Regulations for the medical services of the Army of India
Year: 1930
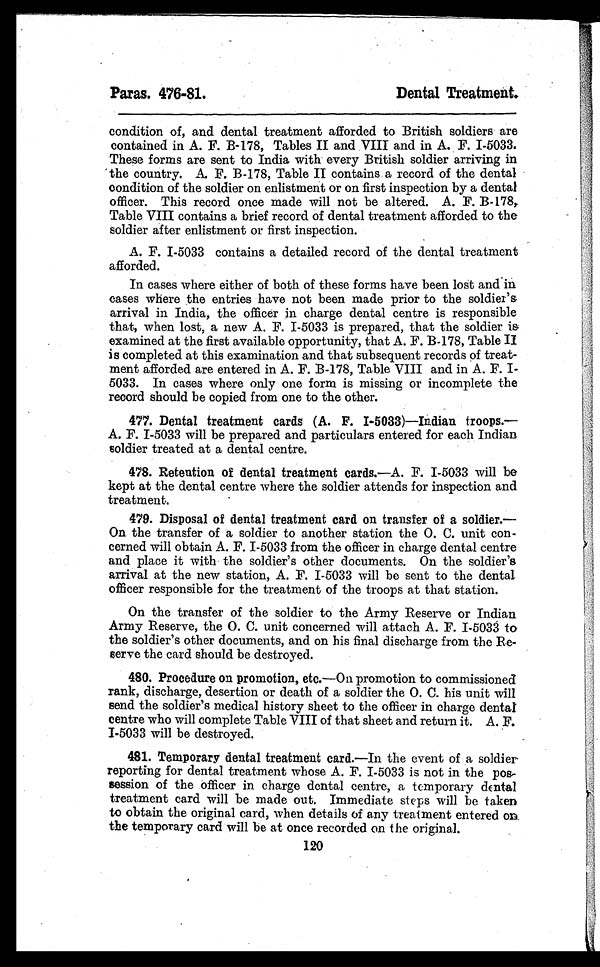
Paras. 476-81.
Dental Treatment
condition of, and dental treatment afforded to British soldiers are
contained in A. F. B-178, Tables II and VIII and in A. F. I-5033.
These forms are sent to India with every British soldier arriving in
the country. A. F. B-178, Table II contains a record of the dental
condition of the soldier on enlistment or on first inspection by a dental
officer. This record once made will not be altered. A. F. B-178,
Table VIII contains a brief record of dental treatment afforded to the
soldier after enlistment or first inspection.
A. F. I-5033 contains a detailed record of the dental treatment
afforded.
In cases where either of both of these forms have been lost and in
cases where the entries have not been made prior to the soldier's
arrival in India, the officer in charge dental centre is responsible
that, when lost, a new A. F. I-5033 is prepared, that the soldier is
examined at the first available opportunity, that A. F. B-178, Table II
is completed at this examination and that subsequent records of treat-
ment afforded are entered in A. F. B-178, Table VIII and in A. F. I--
5033. In cases where only one form is missing or incomplete the
record should be copied from one to the other.
477. Dental treatment cards (A. F. I-5033)—Indian troops.—
A. F. I-5033 will be prepared and particulars entered for each Indian
soldier treated at a dental centre.
478. Retention of dental treatment cards.—A. F. I-5033 will be
kept at the dental centre where the soldier attends for inspection and
treatment.
479. Disposal of dental treatment card on transfer of a soldier.—
On the transfer of a soldier to another station the O. C. unit con-
cerned will obtain A. F. I-5033 from the officer in charge dental centre
and place it with the soldier's other documents. On the soldier's
arrival at the new station, A. F. I-5033 will be sent to the dental
officer responsible for the treatment of the troops at that station.
On the transfer of the soldier to the Army Reserve or Indian
Army Reserve, the O. C. unit concerned will attach A. F. I-5033 to
the soldier's other documents, and on his final discharge from the Re-
serve the card should be destroyed.
480. Procedure on promotion, etc.— On promotion to commissioned
rank, discharge, desertion or death of a soldier the O. C. his unit will
send the soldier's medical history sheet to the officer in charge dental
centre who will complete Table VIII of that sheet and return it. A. F.
I-5033 will be destroyed.
481. Temporary dental treatment card.—In the event of a soldier
reporting for dental treatment whose A. F. I-5033 is not in the pos-
session of the officer in charge dental centre, a temporary dental
treatment card will be made out. Immediate steps will be taken
to obtain the original card, when details of any treatment entered on
the temporary card will be at once recorded on the original.
120